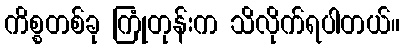
ကိစ္စတစ်ခု ကြုံတုန်းက သိလိုက်ရပါတယ်။